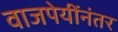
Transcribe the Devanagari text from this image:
वाजपेयींनंतर